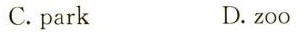
C.park D.zoo